Subject: math
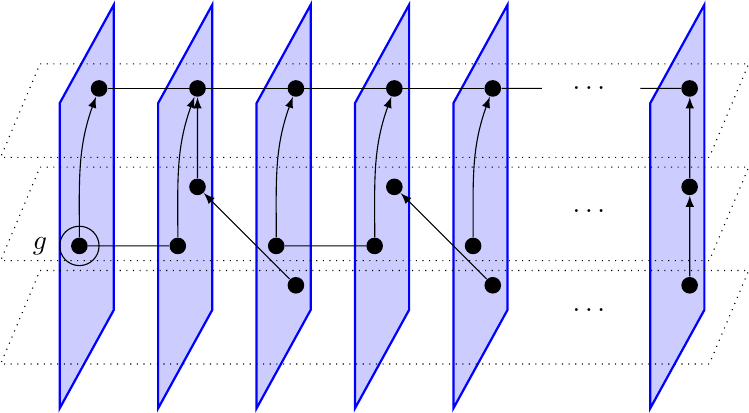
LaTeX code:
\begin{tikzpicture}[
    scale=1.25,
    dot/.style={circle,fill=black,minimum size=6pt,inner sep=0}
]

\foreach \x in {0,...,4,6} {
    \draw[blue,thick,fill=blue!20] (\x - 0.4, -1.25) -- (\x - 0.4, 1.85) -- (\x + 0.15, 2.85) -- (\x + 0.15, -0.25) --cycle;
}

\foreach \y in {2.05, 1, -0.05} {
    \draw[dotted] (-0.6, \y + 0.2) -- (6.6, \y + 0.2) -- (6.2, \y - 0.75) -- (-1, \y - 0.75) -- cycle;
}

\node (C2) [dot] at (-0.2, 0.4) {};
\node (D2) [dot] at (0.8, 0.4) {};
\node (E2) [dot] at (1, 1) {};
\node (F3) [dot] at (2, 0) {};
\node (G2) [dot] at (1.8, 0.4) {};
\node (H2) [dot] at (2.8, 0.4) {};
\node (I2) [dot] at (3, 1) {};
\node (J3) [dot] at (4, 0) {};
\node (K2) [dot] at (3.8, 0.4) {};
\node at (5, 0.75) {$\dots$};
\node at (5, -0.25) {$\dots$};
\node (LIM2) [dot] at (6, 1) {};
\node (LIM3) [dot] at (6, 0) {};

\node (A1) [dot] at (0, 2) {};
\node (B1) [dot] at (1, 2) {};
\node (C1) [dot] at (2, 2) {};
\node (D1) [dot] at (3, 2) {};
\node (E1) [dot] at (4, 2) {};
\node at (5, 2) {$\dots$};
\node (LIM1) [dot] at (6, 2) {};

\draw (C2) -- (D2);
\draw[-latex] (F3) -- (E2);
\draw[-latex] (J3) -- (I2);
\draw (G2) -- (H2);

\draw (A1) -- (E1);
\draw (E1) -- (4.5, 2) {};
\draw (5.5, 2) -- (LIM1) {};

\draw[-latex] (E2) -- (B1);

\draw[-latex] (C2) to[out=90, in=250] (A1);
\draw[-latex] (D2) to[out=90, in=250] (B1);
\draw[-latex] (G2) to[out=90, in=250] (C1);
\draw[-latex] (H2) to[out=90, in=250] (D1);
\draw[-latex] (K2) to[out=90, in=250] (E1);
\draw[-latex] (LIM2) to (LIM1);
\draw[-latex] (LIM3) to (LIM2);

\draw (C2) circle[radius=0.2];
\node at (-0.6, 0.4) {$g$};

\end{tikzpicture}